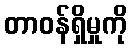
တာဝန်ရှိမှုကို